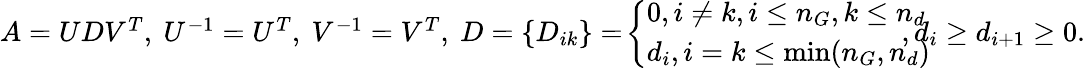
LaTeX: \begin{array}{r}{A=UDV^{T},\ U^{-1}=U^{T},\ V^{-1}=V^{T},\ D=\{ D_{ik}\} =\! \left\{ \begin{array}{ll}{0,i\ne k,i\le n_{G},k\le n_{d}}\\ {d_{i},i=k\le\operatorname*{min}(n_{G},n_{d})}\end{array}\right.\! \! \! \! \! \! ,d_{i}\ge d_{i+1}\ge 0.}\end{array}